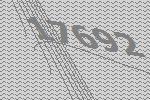
17692